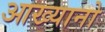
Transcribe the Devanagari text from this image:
आख्यानो